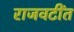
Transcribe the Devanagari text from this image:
राजवटींत